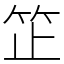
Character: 䇛